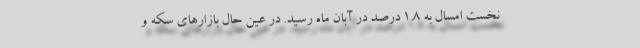
نخست امسال به ۱.۸ درصد در آبان ماه رسید. در عین حال بازارهای سکه و